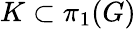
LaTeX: K\subset\pi_{1}(G)